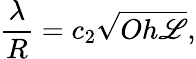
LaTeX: \frac{\lambda}{R}={c_{2}}\sqrt{Oh{\mathscr{L}}},